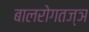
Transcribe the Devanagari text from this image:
बालरोगतज्ञ